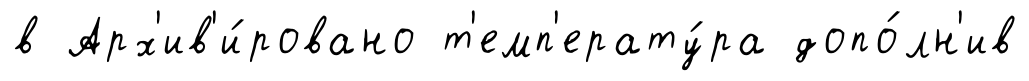
в Арх'ив'и́ровано т'емп'ерату́ра допо́лн'ив